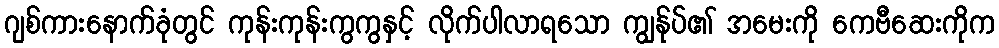
ဂျစ်ကားနောက်ခုံတွင် ကုန်းကုန်းကွကွနှင့် လိုက်ပါလာရသော ကျွန်ုပ်၏ အမေးကို ကေဗီဆေးကိုက